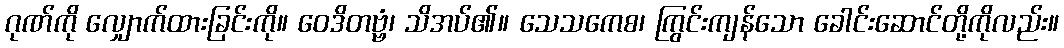
ဂုဏ်ကို လျှောက်ထားခြင်းကို။ ဝေဒိတဗ္ဗံ၊ သိအပ်၏။ သေသကေစ၊ ကြွင်းကျန်သော ခေါင်းဆောင်တို့ကိုလည်း။